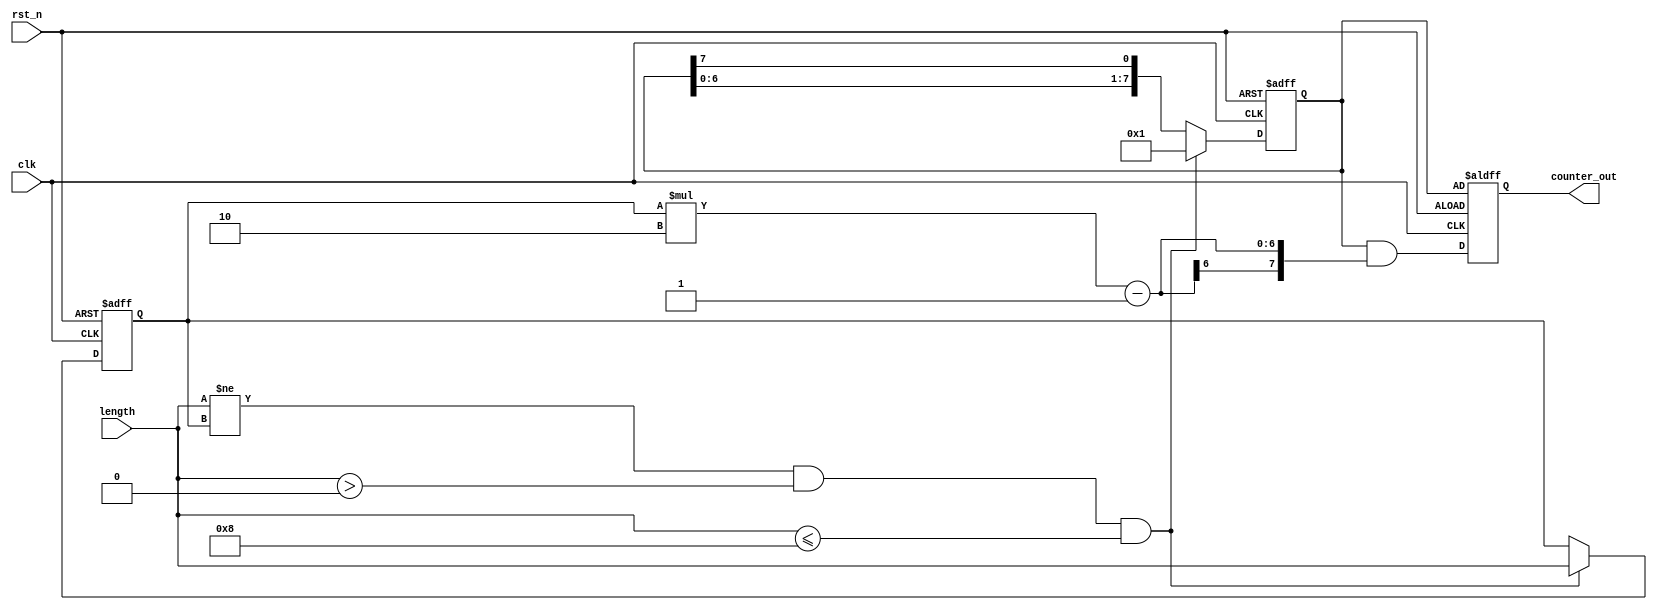
module variable_length_ring_counter #(
    parameter MAX_LENGTH = 8 // The maximum length of the counter
)(
    input wire clk,                        // Clock input
    input wire rst_n,                      // Active low reset input
    input wire [3:0] length,               // Desired length of the counter (up to MAX_LENGTH)
    output reg [MAX_LENGTH-1:0] counter_out // Current state of the ring counter
);

    reg [MAX_LENGTH-1:0] shift_reg; // Shift register to hold the current state
    reg [3:0] current_len;           // Current length of the ring counter

    // Initialize the ring counter on reset
    always @(posedge clk or negedge rst_n) begin
        if (!rst_n) begin
            // On reset, initialize state
            shift_reg <= 1'b1; // Set first bit as '1', others '0'
            counter_out <= shift_reg;
            current_len <= 1; // Minimum length on reset
        end else begin
            // Update the length of the counter if changed
            if (length != current_len && length > 0 && length <= MAX_LENGTH) begin
                current_len <= length;
                shift_reg <= 1'b1; // Reset shift register to default state
            end else begin
                // Shift ring logic
                // Shift left and wrap around with feedback
                shift_reg <= {shift_reg[MAX_LENGTH-2:0], shift_reg[MAX_LENGTH-1]};
            end
            // Cap the output to the valid length
            counter_out <= shift_reg & { {MAX_LENGTH{1'b0}}, (current_len*2-1)}; // Ensure counter_out reflects the current length
        end
    end
endmodule